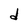
Character: d